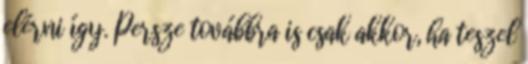
elérni így. Persze továbbra is csak akkor, ha teszel